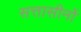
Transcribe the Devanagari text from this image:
सत्तासीनों